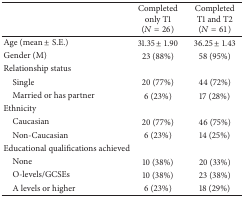
<table><thead><tr><td><b> </b></td><td><b>Completed only T1 (<i>N</i> = 26)</b></td><td><b>Completed T1 and T2 (<i>N</i> = 61)</b></td></tr></thead><tbody><tr><td>Age (mean ± S.E.)</td><td>31.35 ± 1.90</td><td>36.25 ± 1.43</td></tr><tr><td>Gender (M)</td><td>23 (88%)</td><td>58 (95%)</td></tr><tr><td>Relationship status</td><td> </td><td> </td></tr><tr><td> Single</td><td>20 (77%)</td><td>44 (72%)</td></tr><tr><td> Married or has partner</td><td>6 (23%)</td><td>17 (28%)</td></tr><tr><td>Ethnicity</td><td> </td><td> </td></tr><tr><td> Caucasian</td><td>20 (77%)</td><td>46 (75%)</td></tr><tr><td> Non-Caucasian</td><td>6 (23%)</td><td>14 (25%)</td></tr><tr><td>Educational qualifications achieved</td><td> </td><td> </td></tr><tr><td> None</td><td>10 (38%)</td><td>20 (33%)</td></tr><tr><td> O-levels/GCSEs</td><td>10 (38%)</td><td>23 (38%)</td></tr><tr><td> A levels or higher</td><td>6 (23%)</td><td>18 (29%)</td></tr></tbody></table>